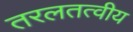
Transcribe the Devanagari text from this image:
तरलतत्वीय